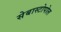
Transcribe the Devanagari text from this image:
सेबास्टोपोल